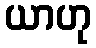
ယာဟု